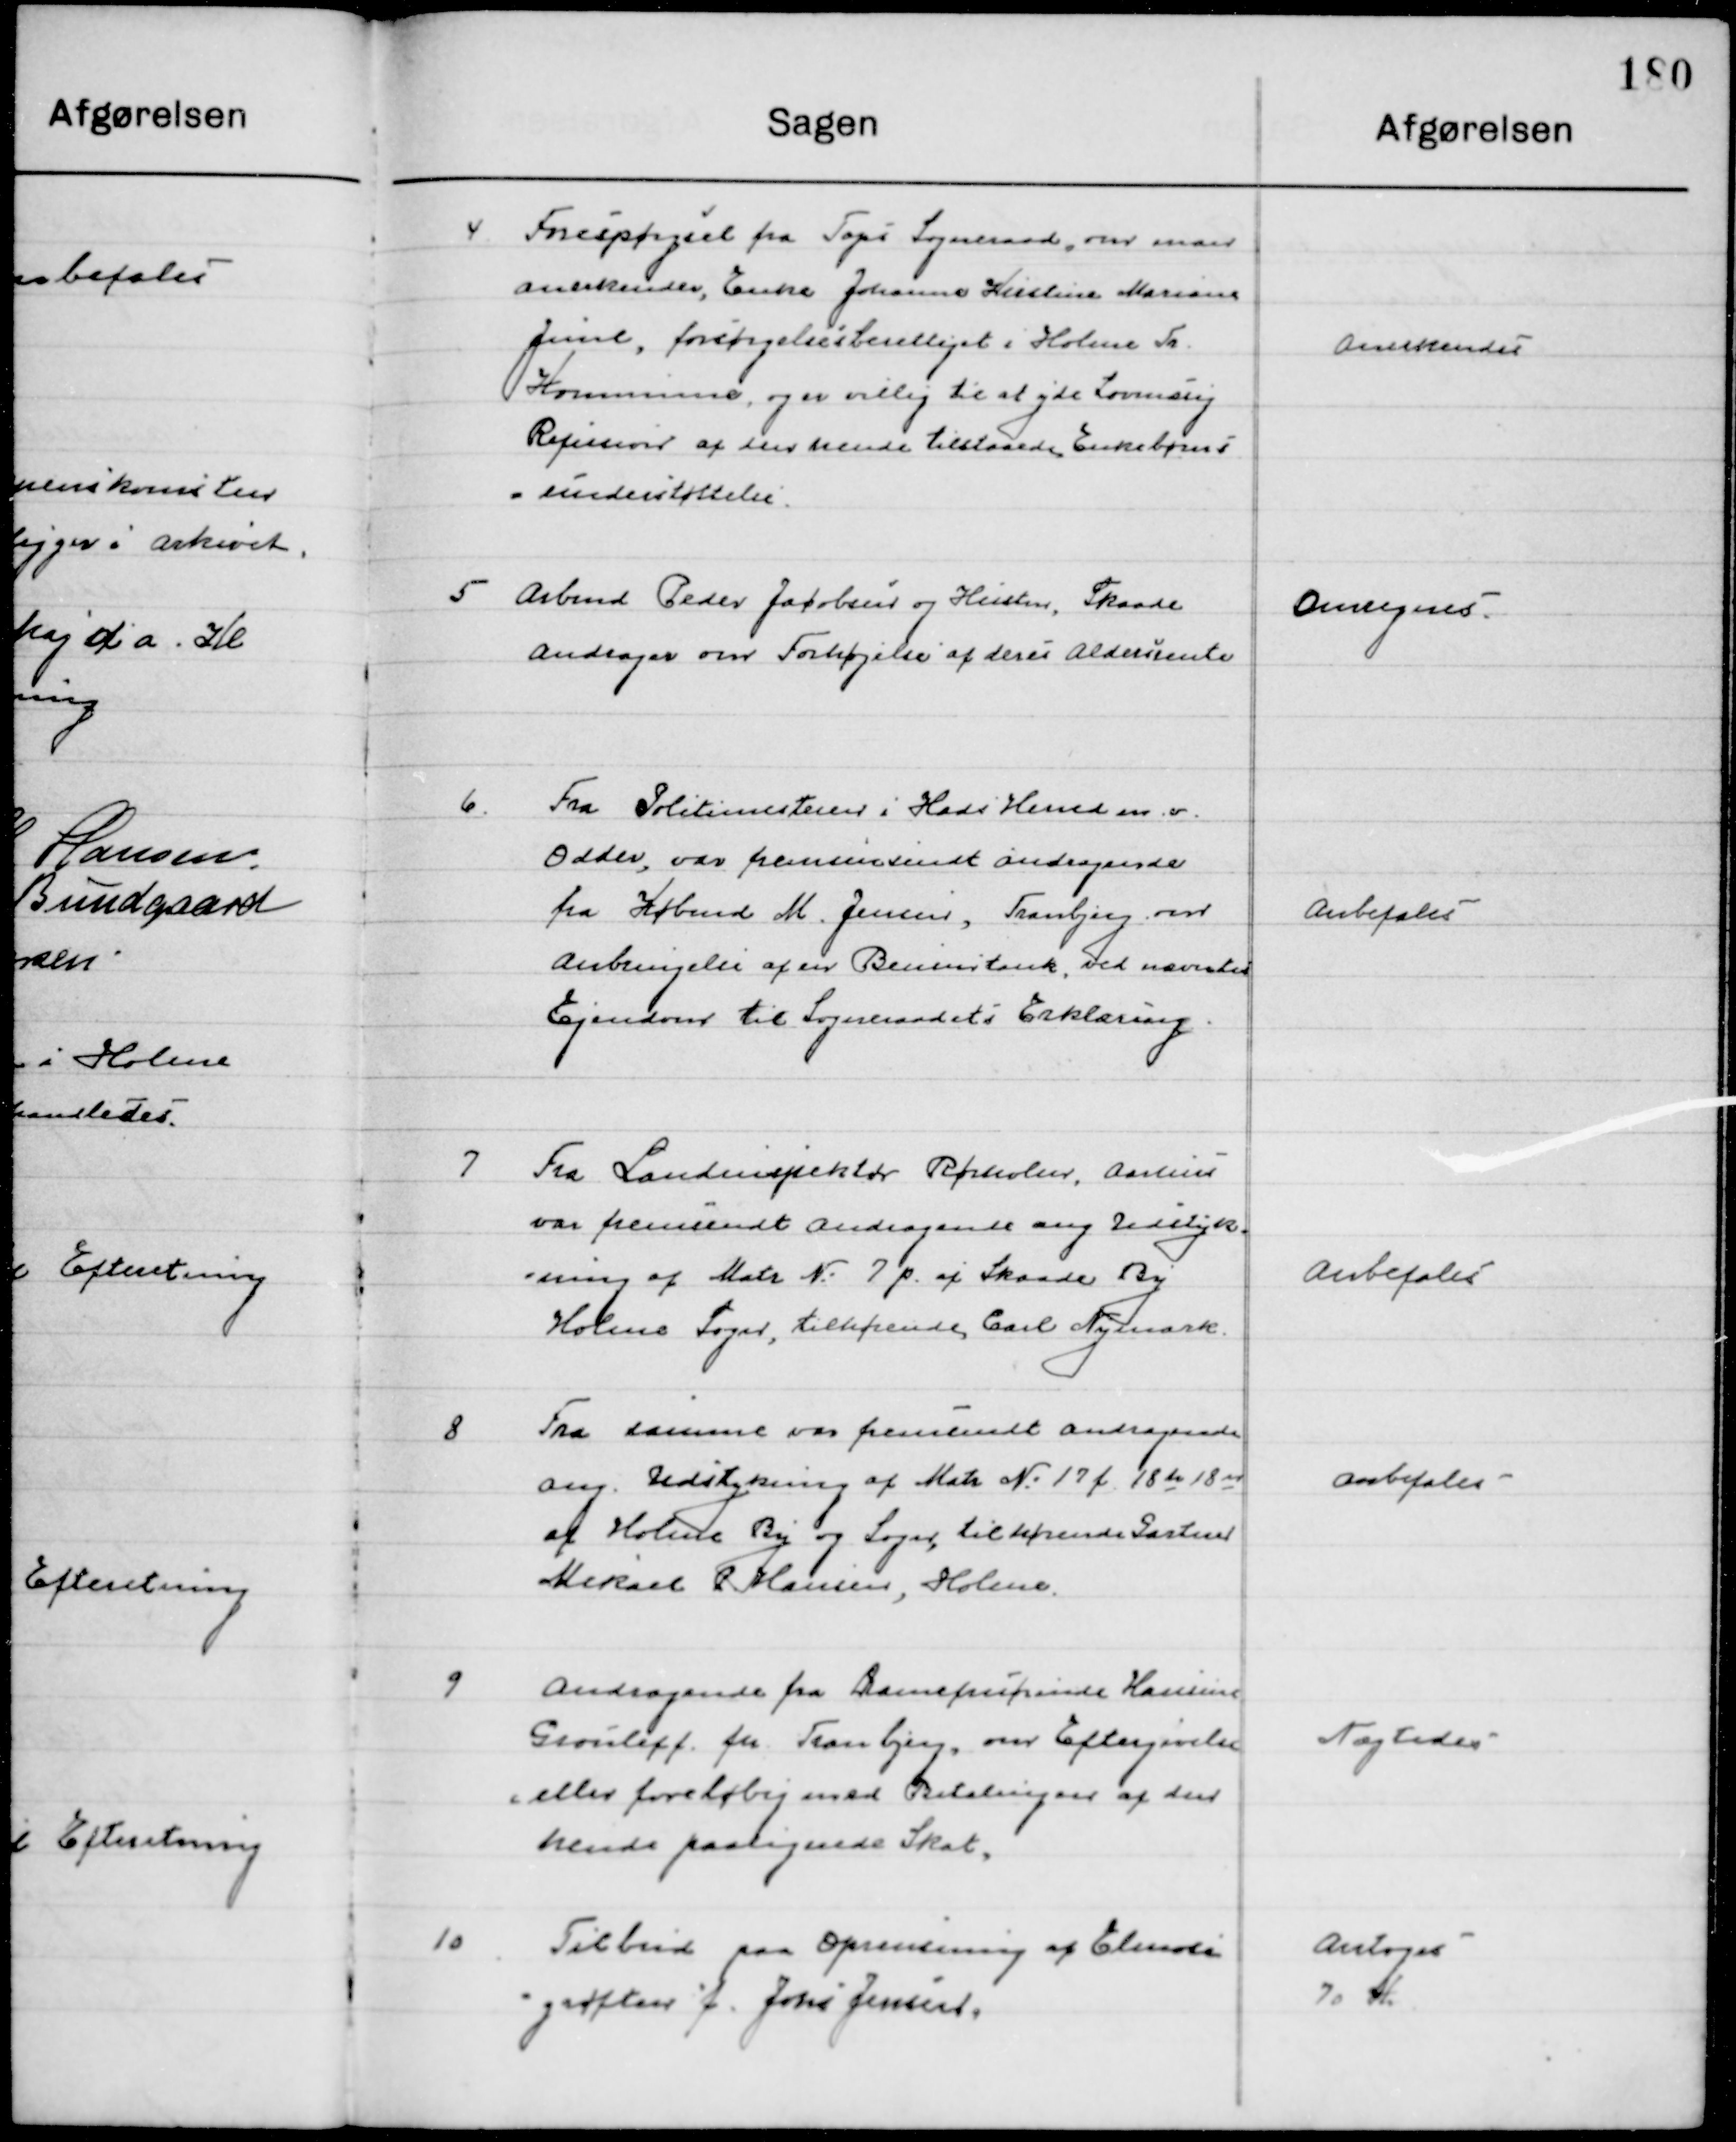
Transskription:
4

Forespørgsel fra Taps Sogneraad, om man
Anerkender enke Johanne Kirstine Mariane
Jensen, forsørgelsesberettiget i Holme Tr.
Kommune, og er villig til at yde Lovmæssig
Refusion af den hende tilhørende Enkebørns- 	
understøttelse.

Anerkendes

5

Arbmd. Peder Jacobsen og Hustru, Skaade
Andrager om Forhøjelse af deres Aldersrente

Overvejes

6

Fra Politimesteren i Hads Herred m. v. 
Odder, var fremsendt andragende
fra Købmd. M. Jensen, Tranbjerg om
Anbringelse af en Bensintank, ved nævnte 	
Ejendom til Sogneraadets Erklæring.

Anbefales

7

Fra Landinspektør Rørholm, Aarhus
var fremsendt Andragende ang. Udstyk-
ning af Matr. Nr. 7 p af Skaade By
Holme Sogn, tilhørende, Carl Nymark.

Anbefales

8

Fra samme var fremsendt Andragende 
ang. Udstykning af Matr. Nr. 17 f, 18 de 18 n
 af Holme By og Sogn, tilhørende Gartner
Mikael P. Hansen, Holme.

Anbefales

9

Andragende fra Barneperfruinde Hansine
Grouleff. pr. Tranbjerg om Eftergivelse
Eller foreløbig med Betaling af den
hendes paalignede Skat.

Nægtes

10

Tilbud paa Oprensning af Elemose-
grøften f. Johs. Jensen.

Antoges 
70 Kr.